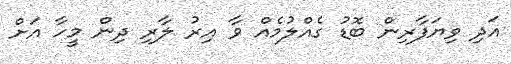
އަދި ވިޔަފާރިން ބޮޑު ގެއްލުމެއް ވާ އިރު ލާރި ދިން މީހާ އަށް